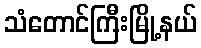
သံတောင်ကြီးမြို့နယ်